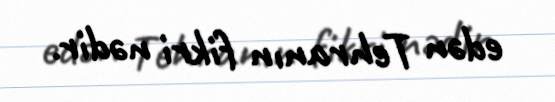
edən Tehranın fikri nədir.